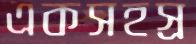
একসহস্র